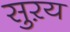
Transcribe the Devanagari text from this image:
सुऱय